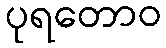
ပုရတောဝ